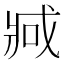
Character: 𫻶